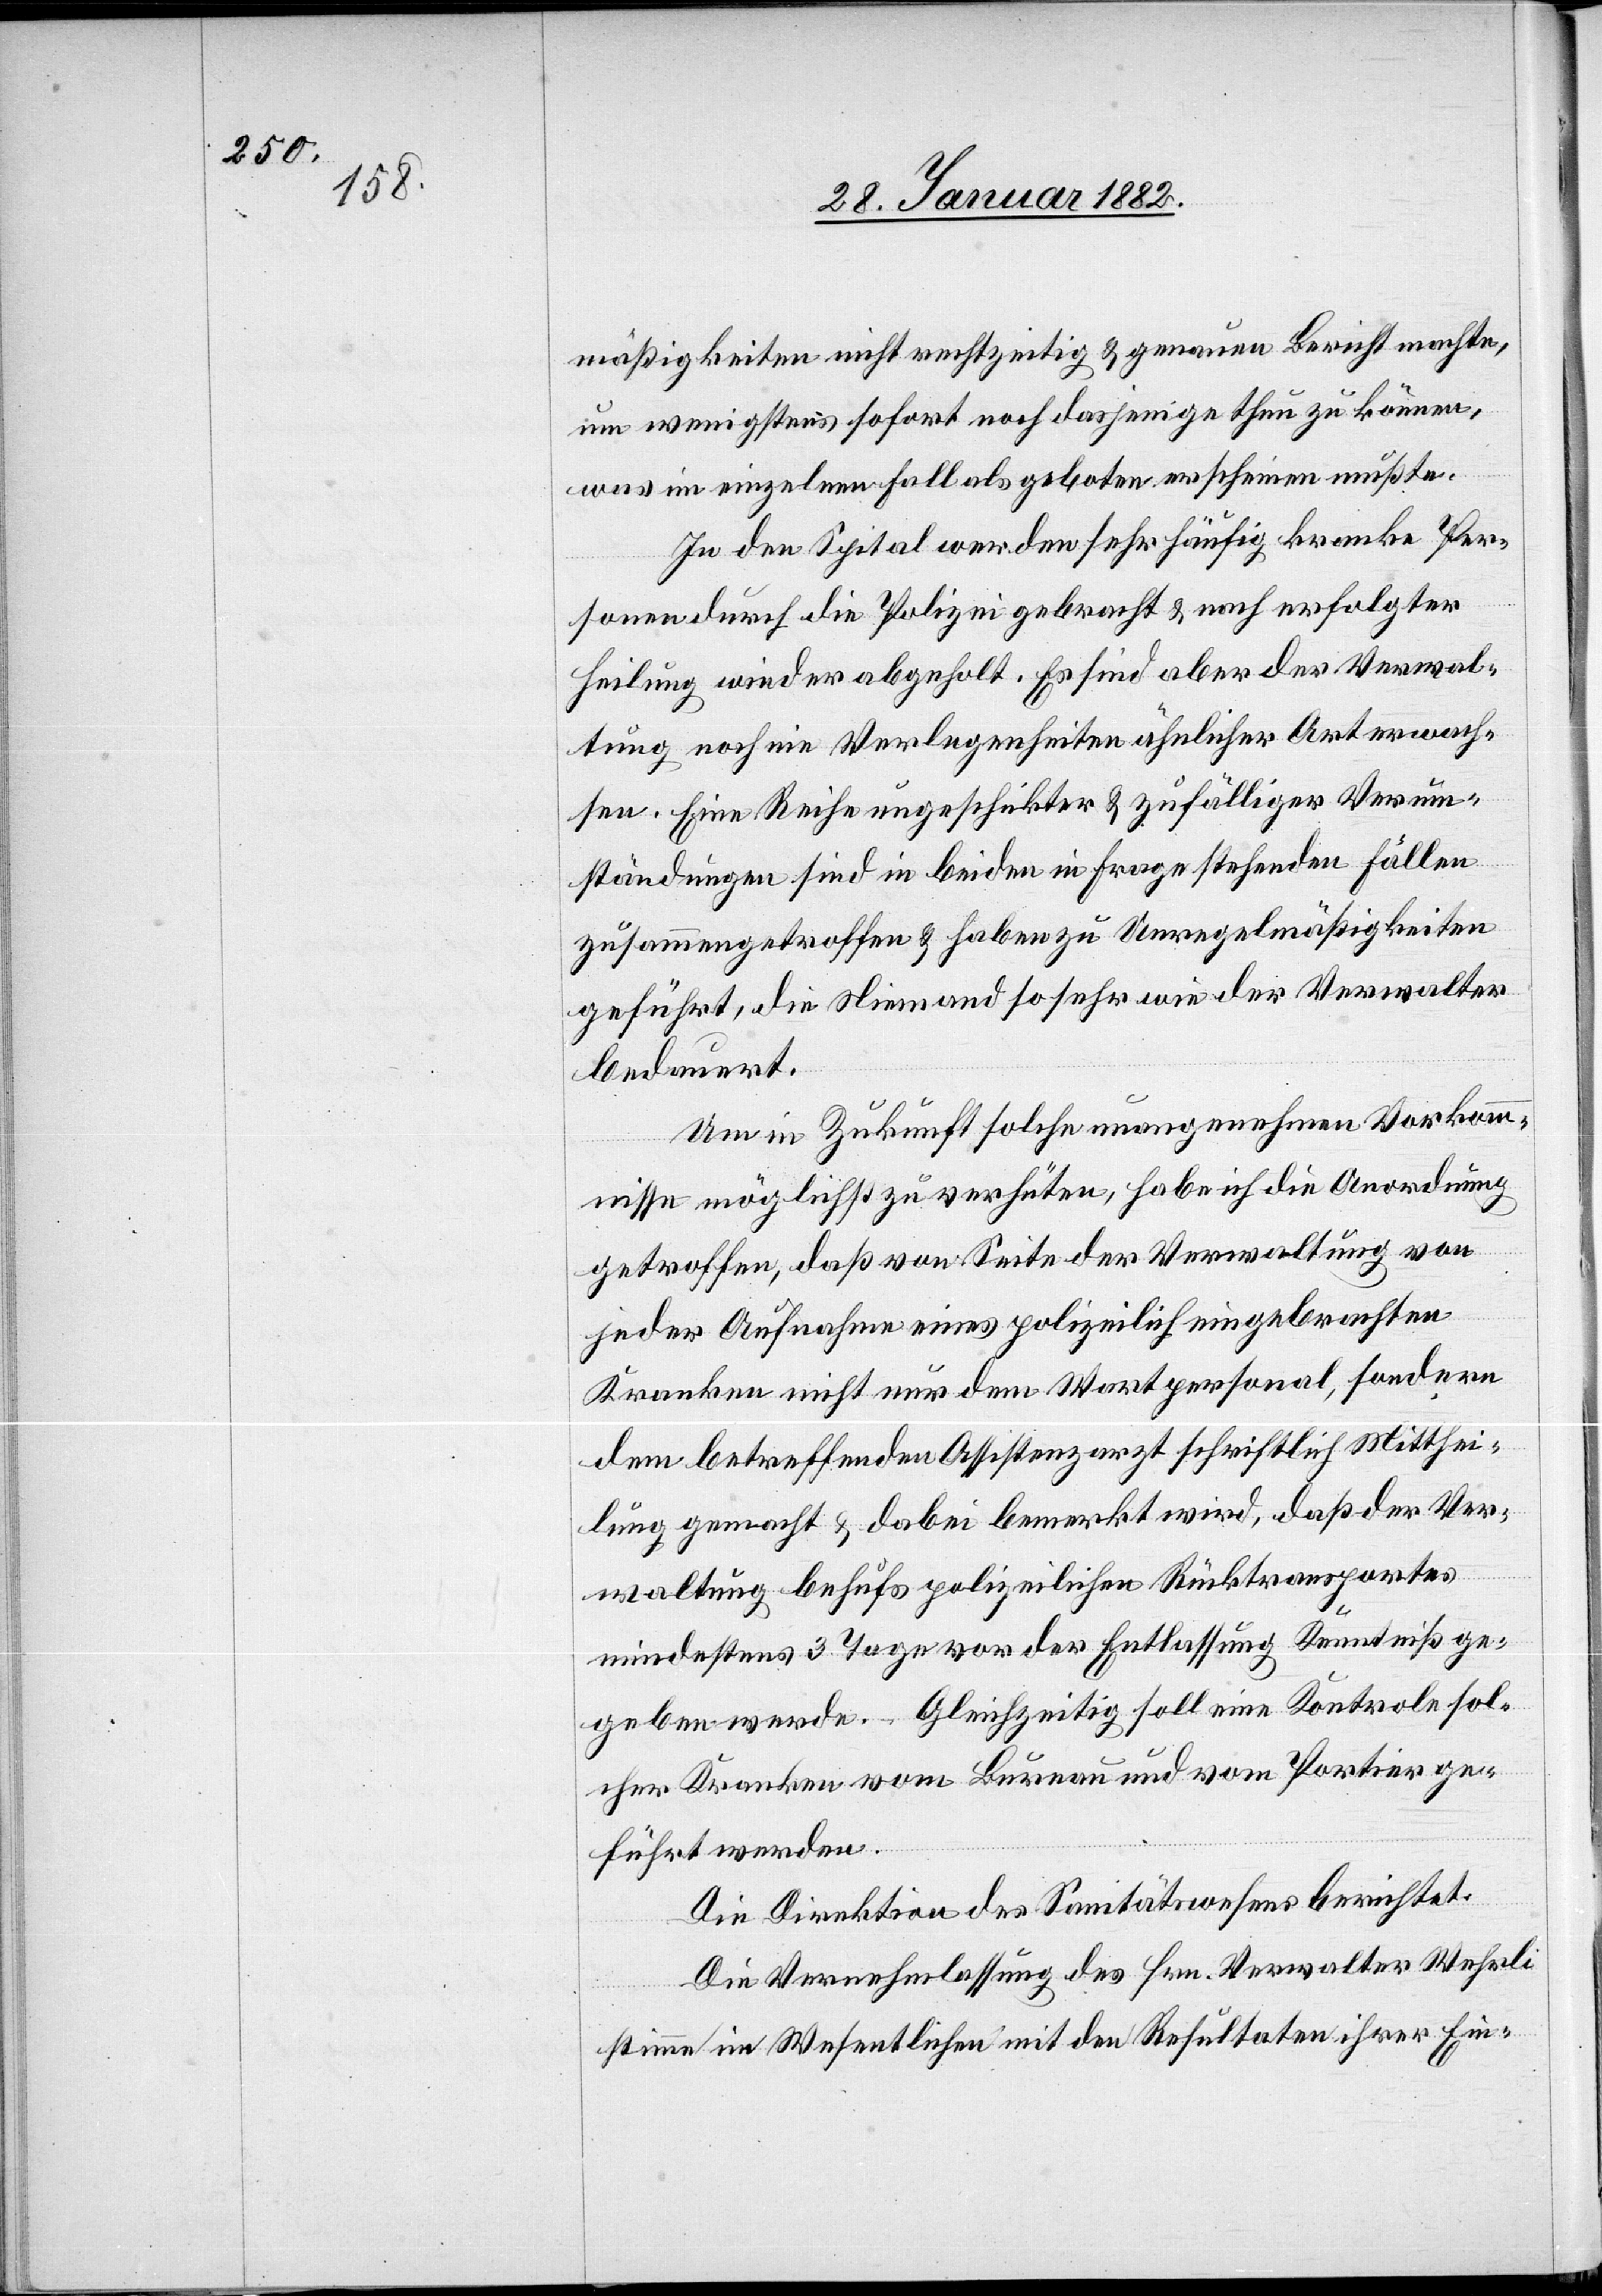
mäßigkeiten nicht rechtzeitig & genauen Bericht machte,
um wenigstens sofort noch dasjenige thun zu können,
was im einzelnen Fall als geboten erscheinen mußte.
In den Spital werden sehr häufig kranke Per¬
sonen durch die Polizei gebracht & nach erfolgter
Heilung wieder abgeholt. Es sind aber der Verwal¬
tung noch nie Verlegenheiten ähnlicher Art erwach¬
sen. Eine Reihe ungeschickter & zufälliger Verum¬
ständigungen sind in beiden in Frage stehenden Fällen
zusammengetroffen & haben zu Unregelmäßigkeiten
geführt, die Niemand so sehr wie der Verwalter
bedauert.
Um in Zukunft solche unangenehmen Vorkom¬
mnisse möglichst zu verhüten, habe ich die Anordnung
getroffen, daß von Seite der Verwaltung von
jeder Aufnahme eines polizeilich eingebrachten
Kranken nicht nur dem Wartpersonal, sondern
dem betreffenden Assistenzarzt schriftlich Mitthei¬
lung gemacht & dabei bemerkt wird, daß der Ver¬
waltung behufs polizeilichen Rücktransportes
mindestens 3 Tage vor der Entlassung Kenntniß ge¬
geben werde. Gleichzeitig soll eine Kontrole sol¬
cher Kranken vom Bureau und vom Portier ge¬
führt werden.
Die Direktion des Sanitätswesens berichtet:
Die Vernehmlassung des Hrn. Verwalter Wehrli
stimme im Wesentlichen mit den Resultaten ihrer Ein-